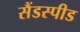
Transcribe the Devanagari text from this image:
सैंडस्‍पीड